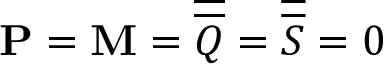
\mathbf { P } = \mathbf { M } = \overline { { \overline { { Q } } } } = \overline { { \overline { { S } } } } = 0